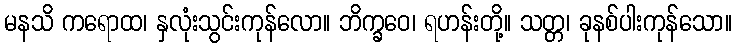
မနသိ ကရောထ၊ နှလုံးသွင်းကုန်လော။ ဘိက္ခဝေ၊ ရဟန်းတို့။ သတ္တ၊ ခုနစ်ပါးကုန်သော။